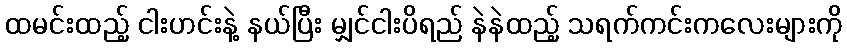
ထမင်းထည့် ငါးဟင်းနဲ့ နယ်ပြီး မျှင်ငါးပိရည် နဲနဲထည့် သရက်ကင်းကလေးများကို